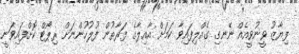
ފިޔާޒު ވީނުވީއެއް ނޭނގި ގެއްލިފައިވާ ކަމަށް އާއިލާގެ ފަރާތުން ފުލުހުންނަށް ރިޕޯޓް ކޮށްފައިވަނީ